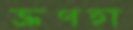
ভ্রূণহা